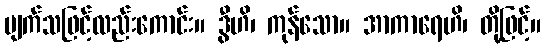
ပျက်သဖြင့်လည်းကောင်း။ ဒွီဟိ၊ ကုန်သော။ အာကာရေဟိ၊ တို့ဖြင့်။